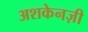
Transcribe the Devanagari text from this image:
अशकेनज़ी